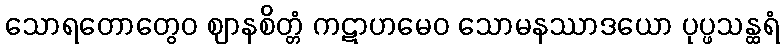
သောရတောတွေဝ ဈာနစိတ္တံ ကဋာဟမေဝ သောမနဿာဒယော ပုပ္ဖသန္ထရံ